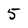
Character: 5